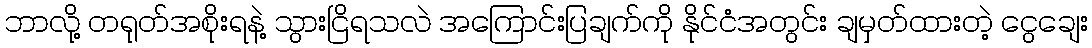
ဘာလို့ တရုတ်အစိုးရနဲ့ သွားငြိရသလဲ အကြောင်းပြချက်ကို နိုင်ငံအတွင်း ချမှတ်ထားတဲ့ ငွေချေး